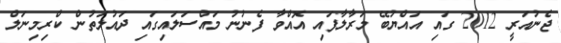
ޖެނުއަރީ 2012 ގައި އައްޔުބޭ މަރާލާފައި އޮއްވާ ފެނުނު މައްސަލައިގައި ދައުލަތުން ކްރިމިނަލް